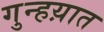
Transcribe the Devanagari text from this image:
गुन्हय़ात